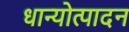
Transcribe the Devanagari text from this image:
धान्योत्पादन